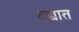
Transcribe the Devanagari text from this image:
दद्यात